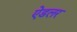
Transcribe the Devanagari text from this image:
ऐडलर